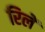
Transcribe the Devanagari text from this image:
रिलें